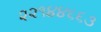
૨૨૧૪૪૬૬૩